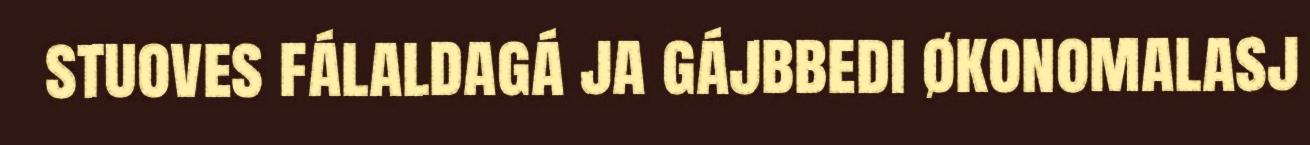
stuoves fálaldagá ja gájbbedi økonomalasj